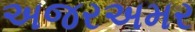
અજરઅમર